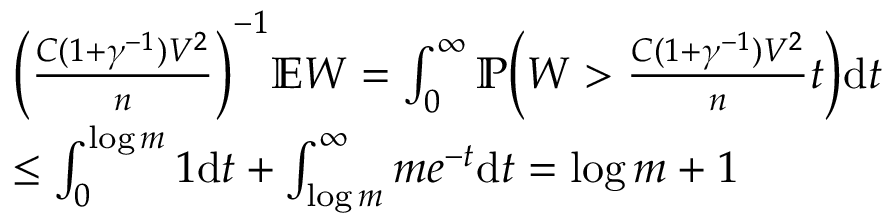
\begin{array} { r l } & { \bigg ( \frac { C ( 1 + \gamma ^ { - 1 } ) V ^ { 2 } } { n } \bigg ) ^ { - 1 } \mathbb { E } W = \int _ { 0 } ^ { \infty } \mathbb { P } \bigg ( W > \frac { C ( 1 + \gamma ^ { - 1 } ) V ^ { 2 } } { n } t \bigg ) \mathrm { d } t } \\ & { \leq \int _ { 0 } ^ { \log m } 1 \mathrm { d } t + \int _ { \log m } ^ { \infty } m e ^ { - t } \mathrm { d } t = \log m + 1 } \end{array}